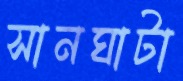
সানঘাটা